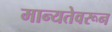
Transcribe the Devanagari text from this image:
मान्यतेवरून